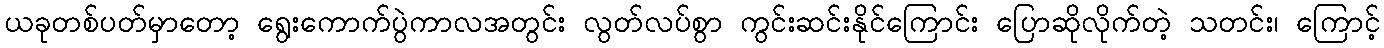
ယခုတစ်ပတ်မှာတော့ ရွေးကောက်ပွဲကာလအတွင်း လွတ်လပ်စွာ ကွင်းဆင်းနိုင်ကြောင်း ပြောဆိုလိုက်တဲ့ သတင်း၊ ကြောင့်